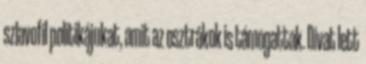
szlavofil politikájukat, amit az osztrákok is támogattak. Divat lett